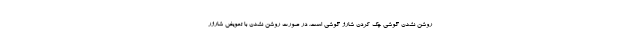
روشن نشدن گوشی چک کردن شارژ گوشی است. در صورت روشن نشدن با تعویض شارژر